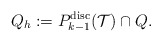
\begin{align*} Q_h := {P}_{k-1}^{\mathrm{disc}}(\mathcal{T}) \cap Q.\end{align*}